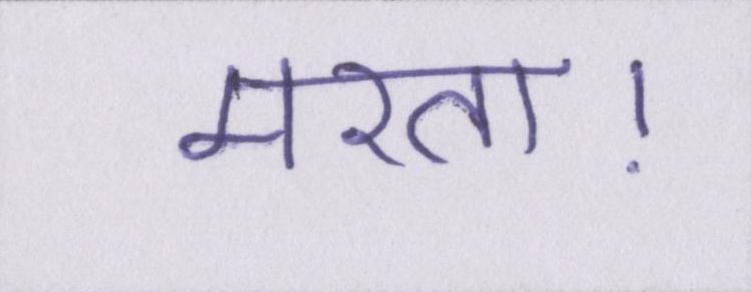
मरता।